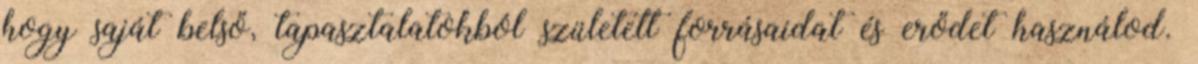
hogy saját belső, tapasztalatokból született forrásaidat és erődet használod.